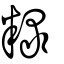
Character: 粶